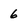
Character: 6